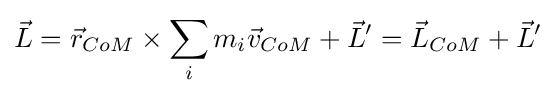
\displaystyle {\vec {L}}={\vec {r}}_{CoM}\times \sum \limits _{i}m_{i}{\vec {v}}_{CoM}+{\vec {L}}'={\vec {L}}_{CoM}+{\vec {L}}'